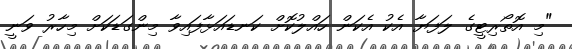
"މި އޮތޯރިޓީގެ ލަފަޔާ އެކު އެކަން ހައްލުކޮށް ކަނޑައަޅާފައިވާ މިންގަޑަކަށް މިހާރު ވަނީ